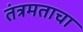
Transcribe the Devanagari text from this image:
तंत्रमताचा